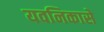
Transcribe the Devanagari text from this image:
यवनिकासे